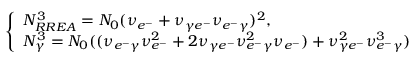
\left\{ \begin{array} { l l } { N _ { R R E A } ^ { 3 } = N _ { 0 } ( \nu _ { e ^ { - } } + \nu _ { \gamma e ^ { - } } \nu _ { e ^ { - } \gamma } ) ^ { 2 } , } \\ { N _ { \gamma } ^ { 3 } = N _ { 0 } ( ( \nu _ { e ^ { - } \gamma } \nu _ { e ^ { - } } ^ { 2 } + 2 \nu _ { \gamma e ^ { - } } \nu _ { e ^ { - } \gamma } ^ { 2 } \nu _ { e ^ { - } } ) + \nu _ { \gamma e ^ { - } } ^ { 2 } \nu _ { e ^ { - } \gamma } ^ { 3 } ) } \end{array} \right.